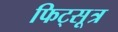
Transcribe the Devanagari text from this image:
फिट्सूत्र